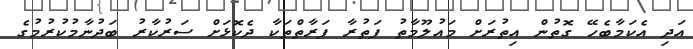
އަދި އެކަމާބެހޭ ގޮތުން އިތުރަށް މައުލޫމާތު ފަތުރާ ފަރާތްތަކާ ދެކޮޅަށް ސަރުކާރު ބަދުނާމުކުރުމުގެ